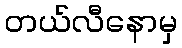
တယ်လီနောမှ